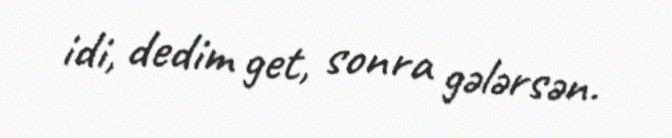
idi, dedim get, sonra gələrsən.